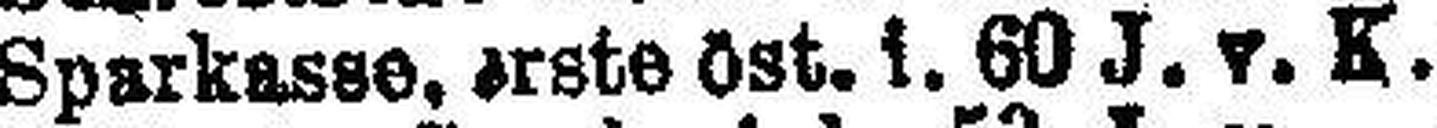
Sparkasse, erste öst. i. 69 J. v. K. 4